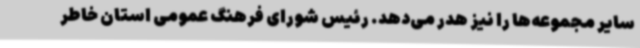
سایر مجموعه‌ها را نیز هدر می‌دهد. رئیس شورای فرهنگ عمومی استان خاطر